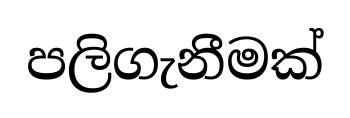
පලිගැනීමක්